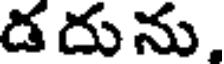
డదును,